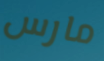
مارس